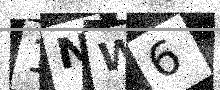
Text: 1NW6